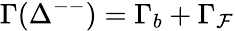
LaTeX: \Gamma(\Delta^{--})=\Gamma_{b}+\Gamma_{\mathcal{F}}